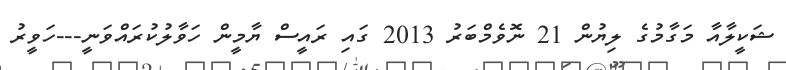
ޝަކީލާއާ މަގާމުގެ ލިޔުން 21 ނޮވެމްބަރު 2013 ގައި ރައީސް ޔާމީން ހަވާލުކުރައްްވަނީ---ހަވީރު